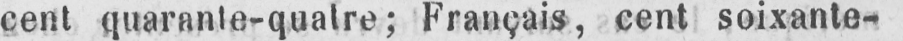
cent quarante-quatre; Français, cent soixante-